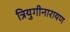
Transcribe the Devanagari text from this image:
त्रियुगीनारायण